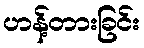
ဟန့်တားခြင်း